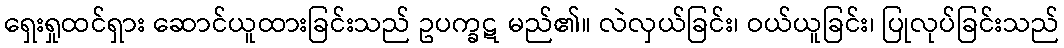
ရှေးရှုထင်ရှား ဆောင်ယူထားခြင်းသည် ဥပက္ခဋ မည်၏။ လဲလှယ်ခြင်း၊ ဝယ်ယူခြင်း၊ ပြုလုပ်ခြင်းသည်